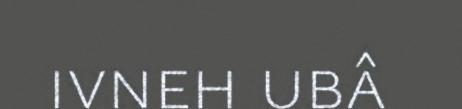
ivneh ubâ